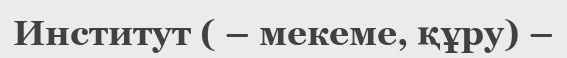
Институт ( – мекеме, құру) –